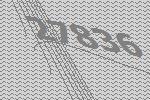
27836